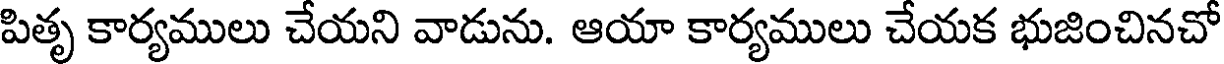
పితృ కార్యములు చేయని వాడును. ఆయా కార్యములు చేయక భుజించినచో